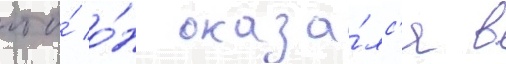
что́ о́н оказа́лс'я в